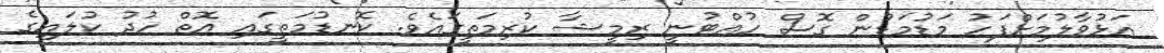
އަޅުވާލުމަށްފަހު މަޑުމަޑުން ގޮސް ހުއްޓުނީ ރިމީޝާ ކުރިމަތީގައެވެ. ކޮނޑުމަތީގައި އޮތް ހުދު ކުލައިގެ